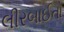
લીરબાઈતો